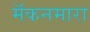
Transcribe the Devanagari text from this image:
मॅकनमारा